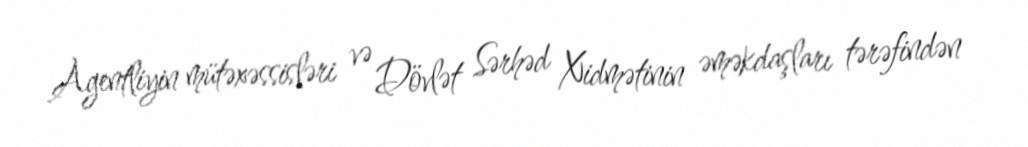
Agentliyin mütəxəssisləri və Dövlət Sərhəd Xidmətinin əməkdaşları tərəfindən